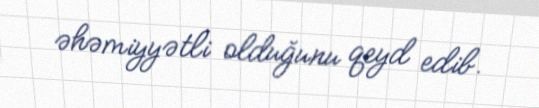
əhəmiyyətli olduğunu qeyd edib.